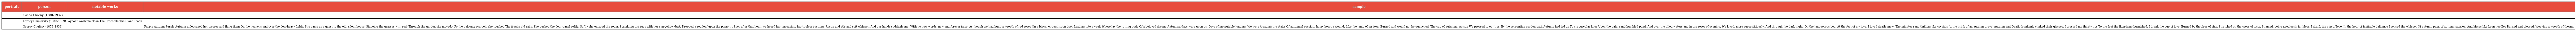
| portrait | person | notable works | sample |
 | --- | --- | --- | --- |
 |  | Sasha Chorny (1880–1932) |  |  |
 |  | Korney Chukovsky (1882–1969) | Aybolit Wash'em'clean The Crocodile The Giant Roach |  |
 |  | Georgy Chulkov (1879–1939) |  | Purple Autumn Purple Autumn unloosened her tresses and flung them On the heavens and over the dew-heavy fields. She came as a guest to the old, silent house, Singeing the grasses with red; Through the garden she moved,- Up the balcony; scarcely she touched The fragile old rails. She pushed the door-panel softly, Softly she entered the room, Sprinkling the rugs with her sun-yellow dust, Dropped a red leaf upon the piano. . . Ever after that hour, we heard her unceasing, her tireless rustling, Rustle and stir and soft whisper. And our hands suddenly met With no new words, new and forever false. As though we had hung a wreath of red roses On a black, wrought-iron door Leading into a vault Where lay the rotting body Of a beloved dream. Autumnal days were upon us, Days of inscrutable longing; We were treading the stairs Of autumnal passion. In my heart a wound, Like the lamp of an ikon, Burned and would not be quenched. The cup of autumnal poison We pressed to our lips. By the serpentine garden path Autumn had led us To crepuscular lilies Upon the pale, sand-humbled pond. And over the lilied waters and in the roses of evening, We loved, more superstitiously. And through the dark night, On the languorous bed, At the feet of my love, I loved death anew. The minutes rang tinkling like crystals At the brink of an autumn grave: Autumn and Death drunkenly clinked their glasses. I pressed my thirsty lips To the feet the ikon-lamp burnished, I drank the cup of love. Burned by the fires of sins, Stretched on the cross of lusts, Shamed, being needlessly faithless, I drank the cup of love. In the hour of ineffable dalliance I sensed the whisper Of autumn pain, of autumn passion. And kisses like keen needles Burned and pierced, Weaving a wreath of thorns. |